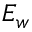
E _ { w }